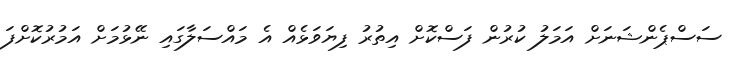
ސަސްޕެންޝަނަށް އަމަލު ކުރުން ފަސްކޮށް އިތުރު ފިޔަވަޅެއް އެ މައްސަލާގައި ނޭޅުމަށް އަމުރުކޮށްފަ